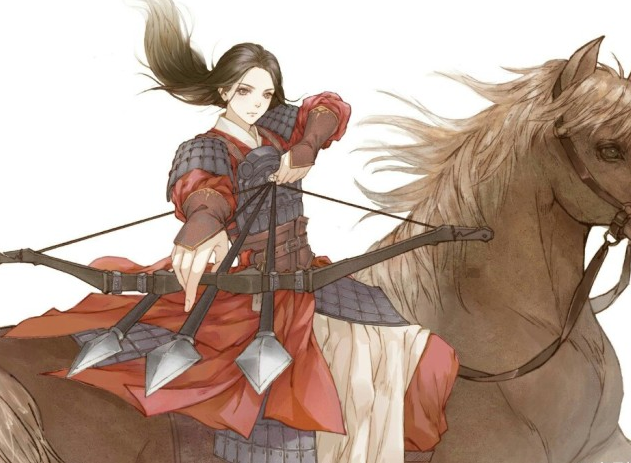
金瓯已缺总须补，为国牺牲敢惜身！